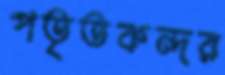
পতৃতকন্দর